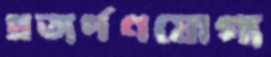
প্রত্যর্পণযোগ্য